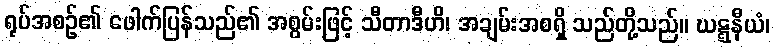
ရုပ်အစဉ်၏ ဖေါက်ပြန်သည်၏ အစွမ်းဖြင့် သီတာဒီဟိ၊ အချမ်းအစရှိ သည်တို့သည်။ ဃဋ္ဋနီယံ၊